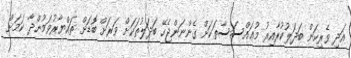
އަދި ވެރިކަން ބަދަލުކުރާއިރު މުޢައްސަސާތަކަށް ގެންނަންޖެހޭ ބަދަލުތަކަށް ވަރަށް ބޮޑަށް ތައްޔާރުވަމުންދާ ކަމަށް